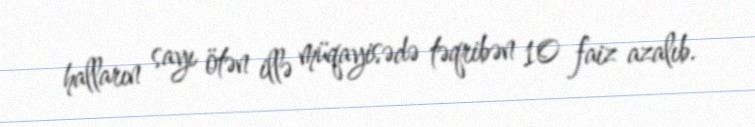
halların sayı ötən illə müqayisədə təqribən 10 faiz azalıb.